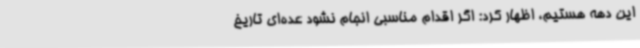
این دهه هستیم، اظهار کرد: اگر اقدام مناسبی انجام نشود عده‌ای تاریخ